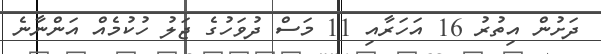
ދަށުން އިތުރު 16 އަހަރާއި 11 މަސް ދުވަހުގެ ޖަލު ހުކުމެއް އަންނާނެ